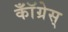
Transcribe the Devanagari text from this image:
कॉँँग्रेस्